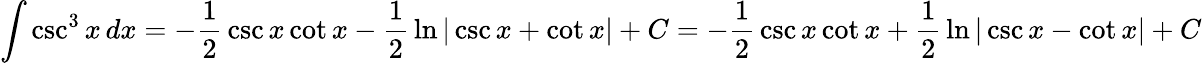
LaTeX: \int\csc^{3}{x}\, dx=-{\frac{1}{2}}\csc x\cot x-{\frac{1}{2}}\ln|\csc x+\cot x|+C=-{\frac{1}{2}}\csc x\cot x+{\frac{1}{2}}\ln|\csc x-\cot x|+C